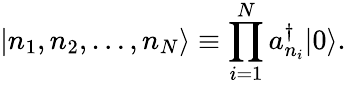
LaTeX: |n_{1},n_{2},\dots,n_{N}\rangle\equiv\prod_{i=1}^{N}a_{n_{i}}^{\dagger}|0\rangle.